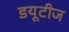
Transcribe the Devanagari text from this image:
डयूटीज